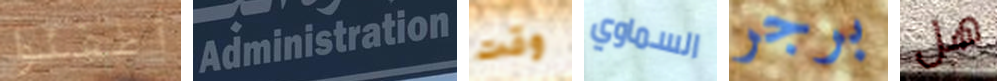
أطفئوا Administration وقت السماوي برجر هل